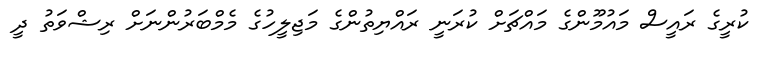
ކުރީގެ ރައީސް މައުމޫންގެ މައްޗަށް ކުރަނީ ރައްޔިތުންގެ މަޖިލީހުގެ މެމްބަރުންނަށް ރިޝްވަތު ދީ